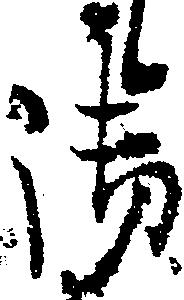
御